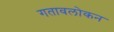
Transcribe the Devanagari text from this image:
गतावलोकन